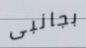
بجانبى